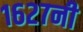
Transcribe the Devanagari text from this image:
१६२७नी